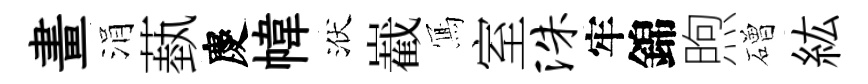
畫涓蓺慶幃洑嶻𭂁室洙牢錦煦磳紘